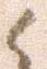
候